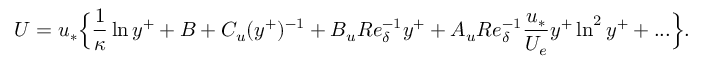
U = u _ { * } \Big \{ \frac { 1 } { \kappa } \ln y ^ { + } + B + C _ { u } ( y ^ { + } ) ^ { - 1 } + B _ { u } R e _ { \delta } ^ { - 1 } y ^ { + } + A _ { u } R e _ { \delta } ^ { - 1 } \frac { u _ { * } } { U _ { e } } y ^ { + } \ln ^ { 2 } y ^ { + } + . . . \Big \} .